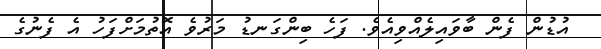
އުޑުން ފެން ބާވައިލެއްވިއެވެ. ފަހެ ބިންގަނޑު މަރުވެ އޮތުމަށްފަހު އެ ފެނުގެ